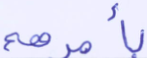
بأمرهم